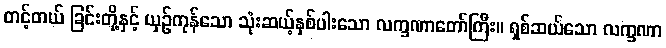
တင့်တယ် ခြင်းတို့နှင့် ယှဉ်ကုန်သော သုံးဆယ့်နှစ်ပါးသော လက္ခဏာတော်ကြီး။ ရှစ်ဆယ်သော လက္ခဏာ